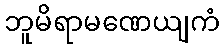
ဘူမိရာမဏေယျကံ